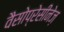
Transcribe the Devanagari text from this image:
वैसोप्रेसीनेज़